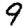
Digit: 9